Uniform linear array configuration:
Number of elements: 4
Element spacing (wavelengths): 1
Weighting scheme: hann
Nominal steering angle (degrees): -45
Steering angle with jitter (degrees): -44.241
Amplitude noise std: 0.05
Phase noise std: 0.05

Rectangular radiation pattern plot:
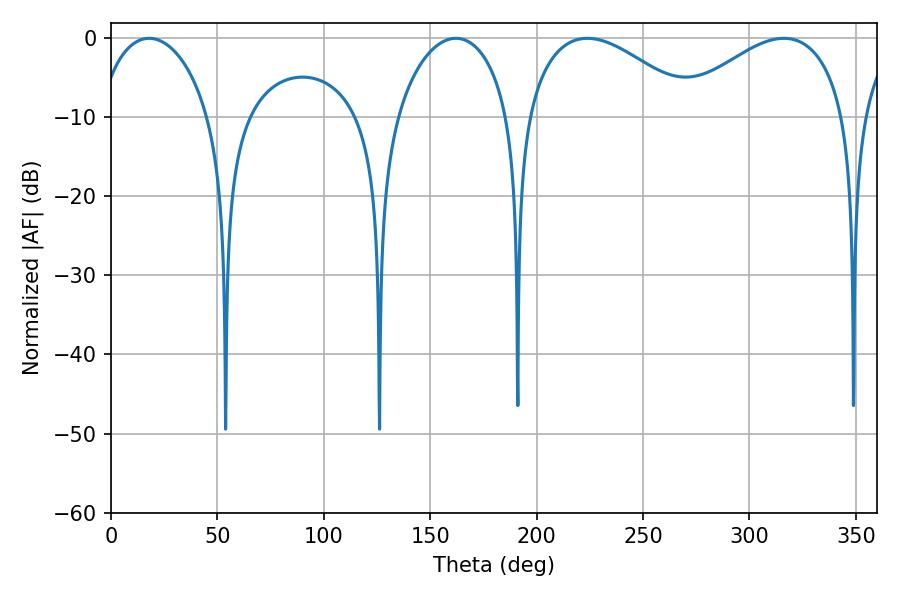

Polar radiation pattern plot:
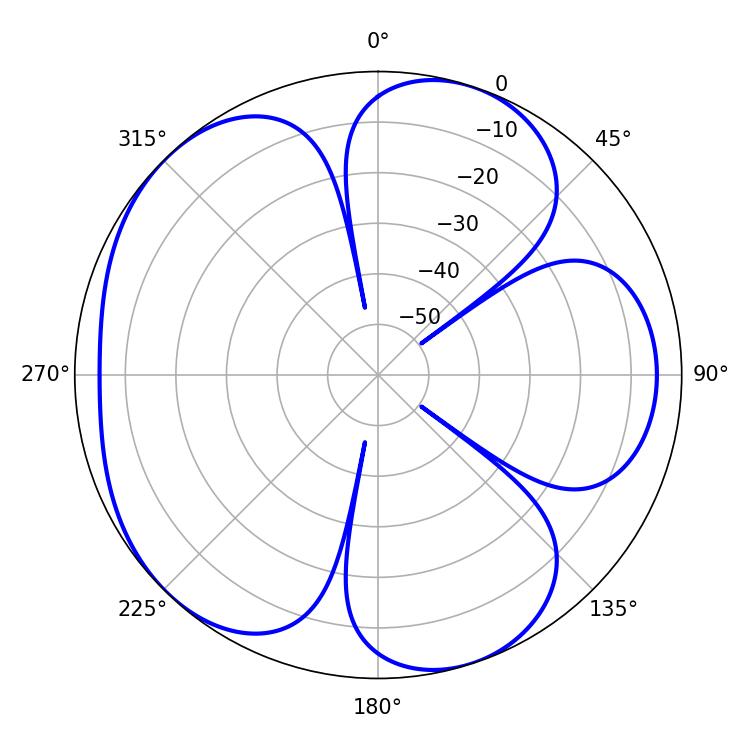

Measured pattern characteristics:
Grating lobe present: TRUE
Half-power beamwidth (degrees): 44.1
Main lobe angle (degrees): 223.74